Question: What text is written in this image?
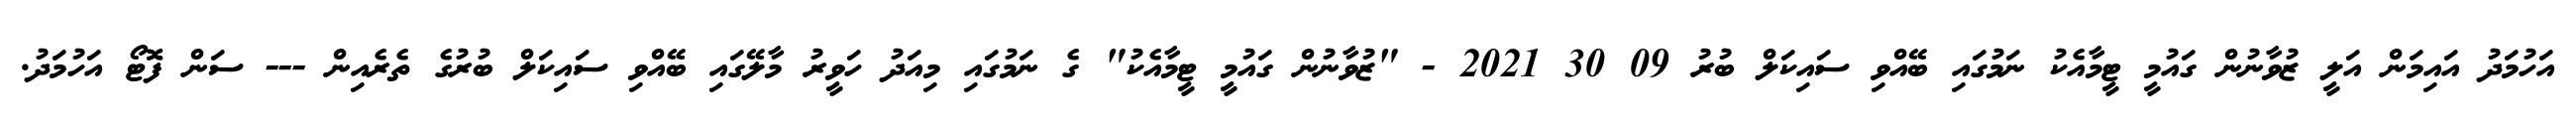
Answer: އަހުމަދު އައިމަން އަލީ ޒުވާނުން ގައުމީ ޓީމާއެކު ނަމުގައި ބޭއްވި ސައިކަލް ބުރު 09 30 2021 - "ޒުވާނުން ގައުމީ ޓީމާއެކު" ގެ ނަމުގައި މިއަދު ހަވީރު މާލޭގައި ބޭއްވި ސައިކަލް ބުރުގެ ތެރެއިން --- ސަން ފޮޓޯ އަހުމަދު.